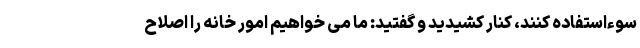
سوءاستفاده کنند، کنار کشیدید و گفتید: ما می خواهیم امور خانه را اصلاح